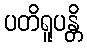
ပတိရူပန္တိ